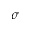
\sigma